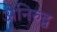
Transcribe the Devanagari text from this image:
अनिरुद्व